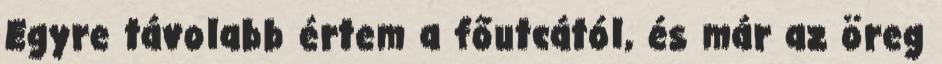
Egyre távolabb értem a főutcától, és már az öreg